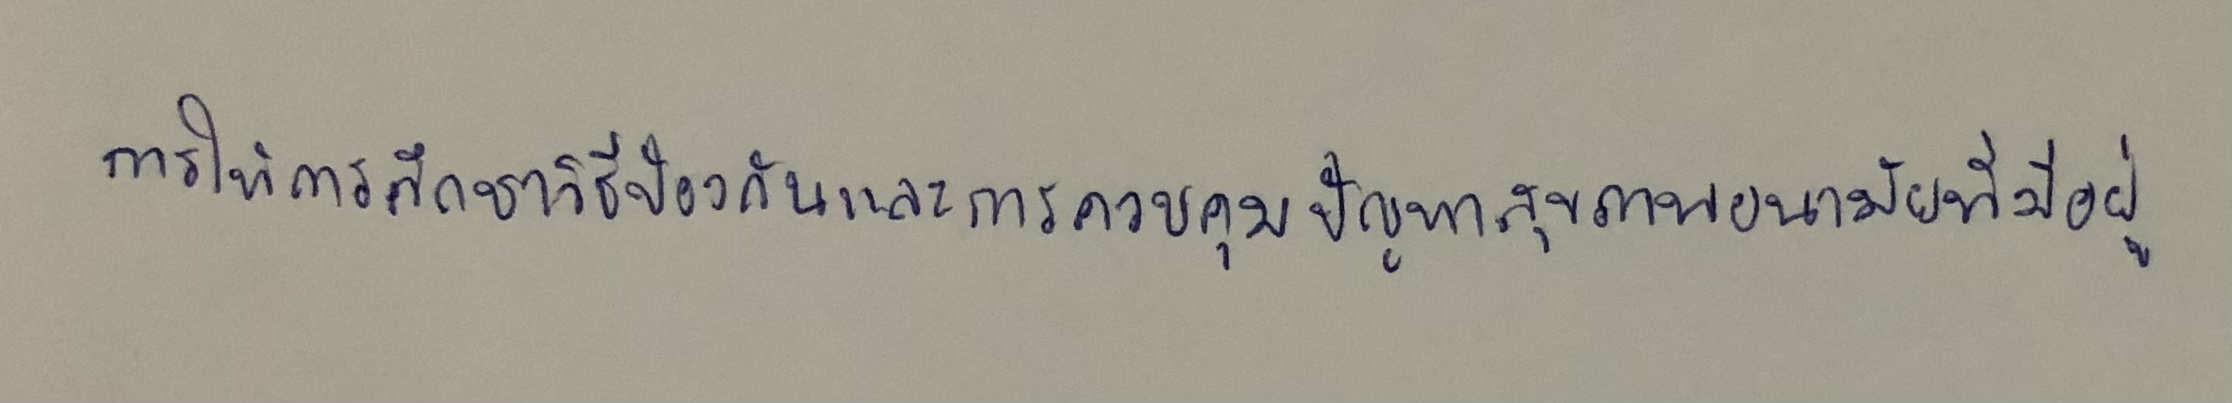
การให้การศึกษาวิธีป้องกันและการควบคุมปัญหาสุขภาพอนามัยที่มีอยู่